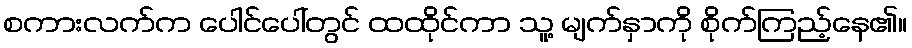
စကားလက်က ပေါင်ပေါ်တွင် ထထိုင်ကာ သူ့ မျက်နှာကို စိုက်ကြည့်နေ၏။